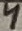
Text: 4